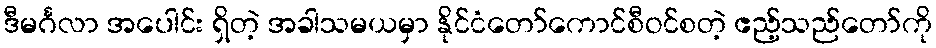
ဒီမင်္ဂလာ အပေါင်း ရှိတဲ့ အခါသမယမှာ နိုင်ငံတော်ကောင်စီဝင်စတဲ့ ဧည့်သည်တော်ကို